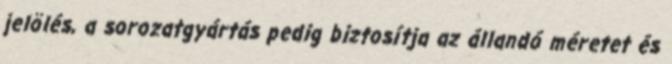
jelölés, a sorozatgyártás pedig biztosítja az állandó méretet és